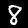
Label: 8